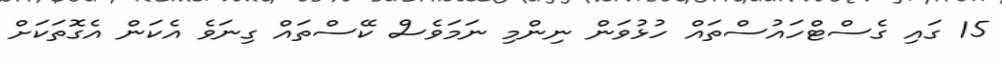
15 ގައި ގެސްޓްހައުސްތައް ހުޅުވަން ނިންމި ނަމަވެސް ކޭސްތައް ގިނަވެ އެކަން އެގޮތަކަށް